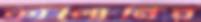
কালোনির